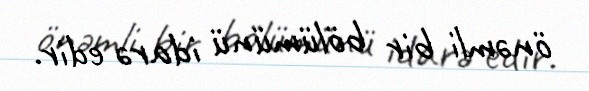
önəmli bir bölümünü idarə edir.